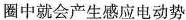
圈中就会产生感应电动势